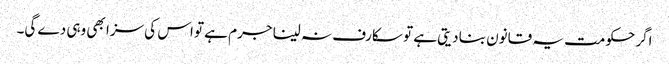
اگر حکومت یہ قانون بنا دیتی ہے تو سکارف نہ لینا جرم ہے تو اس کی سزا بھی وہی دے گی۔